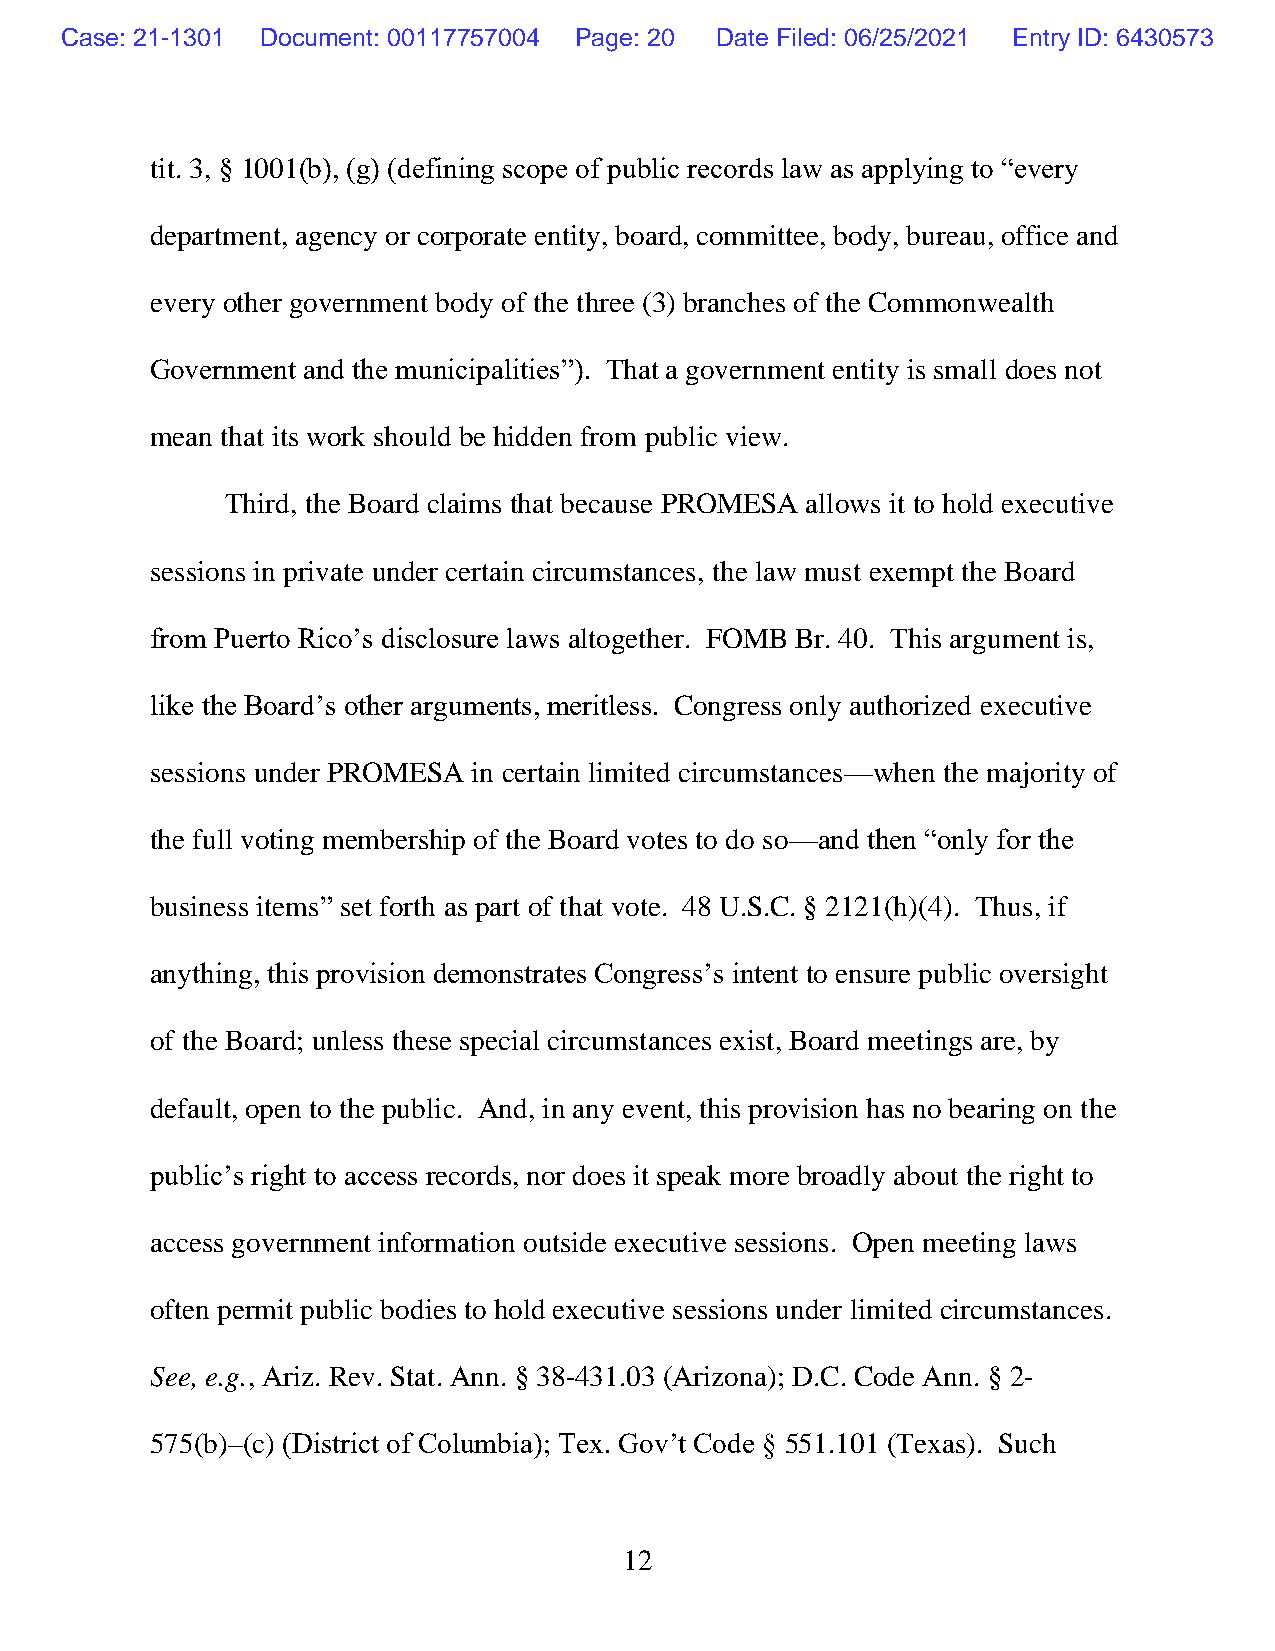
Case: 21-1301 Document: 00117757004 Page: 20 Date Filed: 06/25/2021 Entry ID: 6430573
 tit. 3, § 1001(b), (g) (defining scope of public records law as applying to “every
 department, agency or corporate entity, board, committee, body, bureau, office and
 every other government body of the three (3) branches of the Commonwealth
 Government and the municipalities”). That a government entity is small does not
 mean that its work should be hidden from public view.
 Third, the Board claims that because PROMESA allows it to hold executive
 sessions in private under certain circumstances, the law must exempt the Board
 from Puerto Rico’s disclosure laws altogether. FOMB Br. 40. This argument is,
 like the Board’s other arguments, meritless. Congress only authorized executive
 sessions under PROMESA in certain limited circumstances—when the majority of
 the full voting membership of the Board votes to do so—and then “only for the
 business items” set forth as part of that vote. 48 U.S.C. § 2121(h)(4). Thus, if
 anything, this provision demonstrates Congress’s intent to ensure public oversight
 of the Board; unless these special circumstances exist, Board meetings are, by
 default, open to the public. And, in any event, this provision has no bearing on the
 public’s right to access records, nor does it speak more broadly about the right to
 access government information outside executive sessions. Open meeting laws
 often permit public bodies to hold executive sessions under limited circumstances.
 See, e.g., Ariz. Rev. Stat. Ann. § 38-431.03 (Arizona); D.C. Code Ann. § 2-
 575(b)–(c) (District of Columbia); Tex. Gov’t Code § 551.101 (Texas). Such
 12